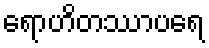
ရောဟိတဿာပရေ